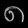
Digit: ၈